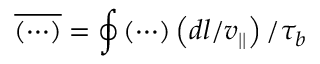
\overline { { \left( \cdots \right) } } = \oint \left( \cdots \right) \left( d l / v _ { | | } \right) / \tau _ { b }